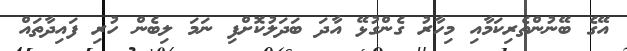
އޭގެ ބޭނުންތެރިކަމާއި މިހާރު ގެންގުޅޭ އާދަ ބަދަލުކޮށްފި ނަމަ ލިބެން ހުރި ފައިދާތައް